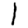
Digit: 1